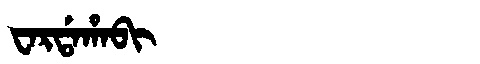
Manchu: ᠸᠠᡵᡩᠠᡥᠠᠪᡳ
Romanization: WARDAHABI